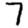
Digit: 7